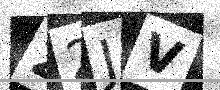
Text: 22JV